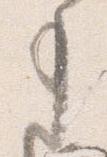
事